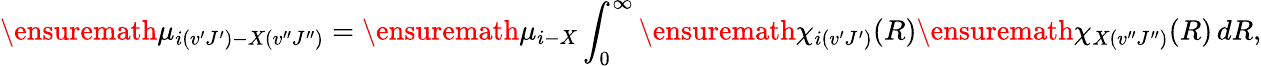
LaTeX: \ensuremath{\mu}_{i(v^{\prime}J^{\prime})-X(v^{\prime\prime}J^{\prime\prime})}=\ensuremath{\mu}_{i-X}\int_{0}^{\infty}\ensuremath{\chi}_{i(v^{\prime}J^{\prime})}(R)\ensuremath{\chi}_{X(v^{\prime\prime}J^{\prime\prime})}(R)\, dR,